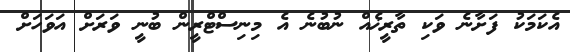
އެކަމަކު ފަށާނެ ވަކި ތާރީޚެއް ނުބުނެ އެ މިނިސްޓްރީން ބުނީ ވަރަށް އަވަހަށް